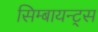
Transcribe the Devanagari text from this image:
सिम्बायन्ट्स